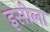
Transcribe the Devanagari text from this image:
इसोला